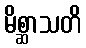
မိစ္ဆာသတိ